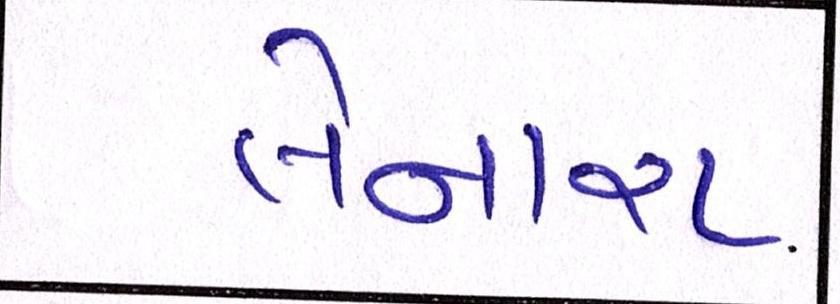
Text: લેનારા